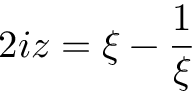
2 i z = { \xi - { \frac { 1 } { \xi } } }